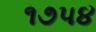
૧૭૫૪